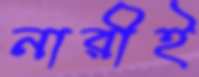
নারীই